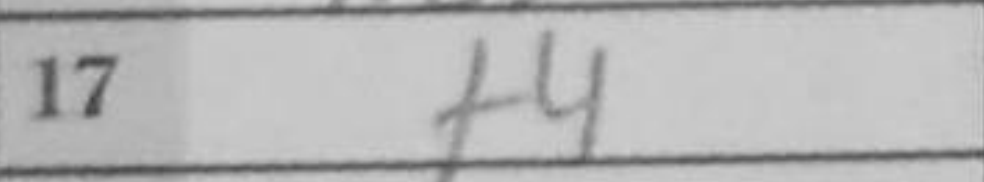
Transcription: f4